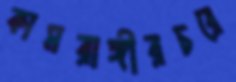
কামরাঙ্গীরচরে